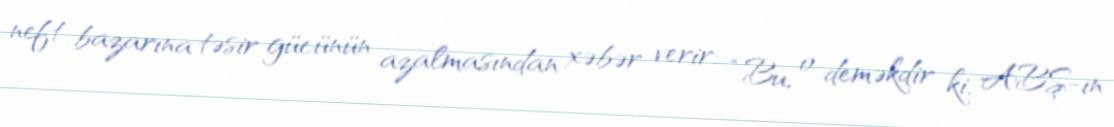
neft bazarına təsir gücünün azalmasından xəbər verir: “Bu, o deməkdir ki, ABŞ-ın